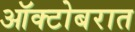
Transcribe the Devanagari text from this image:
ऑक्टोबरात